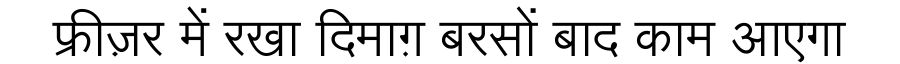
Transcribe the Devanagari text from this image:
फ्रीज़र में रखा दिमाग़ बरसों बाद काम आएगा